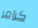
كرامر